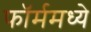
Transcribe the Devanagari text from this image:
फॉर्ममध्‍ये